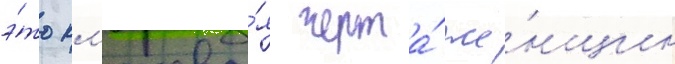
э́то кл'ючева́я черта́ же́нщин